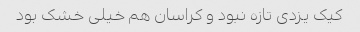
کیک یزدی تازه نبود و کراسان هم خیلی خشک بود